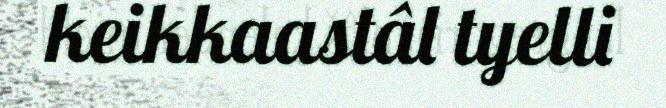
keikkaastâl tyelli